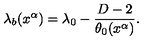
\lambda _ { b } ( x ^ { \alpha } ) = \lambda _ { 0 } - \frac { D - 2 } { \theta _ { 0 } ( x ^ { \alpha } ) } .